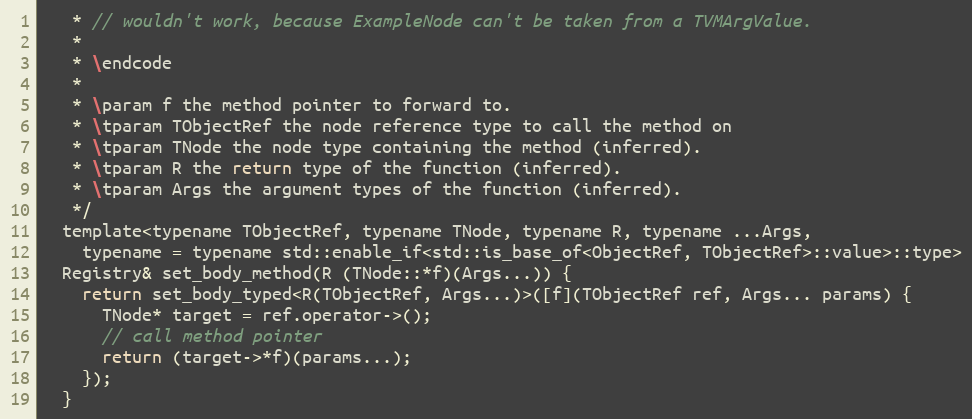
Language: C
   * // wouldn't work, because ExampleNode can't be taken from a TVMArgValue.
   *
   * \endcode
   *
   * \param f the method pointer to forward to.
   * \tparam TObjectRef the node reference type to call the method on
   * \tparam TNode the node type containing the method (inferred).
   * \tparam R the return type of the function (inferred).
   * \tparam Args the argument types of the function (inferred).
   */
  template<typename TObjectRef, typename TNode, typename R, typename ...Args,
    typename = typename std::enable_if<std::is_base_of<ObjectRef, TObjectRef>::value>::type>
  Registry& set_body_method(R (TNode::*f)(Args...)) {
    return set_body_typed<R(TObjectRef, Args...)>([f](TObjectRef ref, Args... params) {
      TNode* target = ref.operator->();
      // call method pointer
      return (target->*f)(params...);
    });
  }